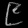
Digit: ၉